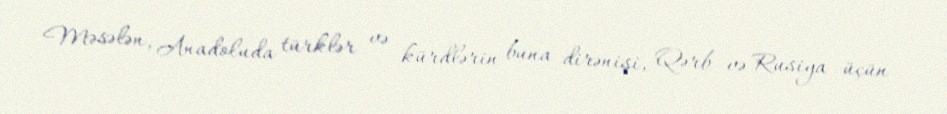
Məsələn, Anadoluda türklər və kürdlərin buna dirənişi, Qərb və Rusiya üçün